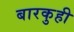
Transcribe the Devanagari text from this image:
बारकुही